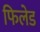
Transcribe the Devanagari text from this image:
फिलेड